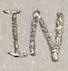
Text: IN